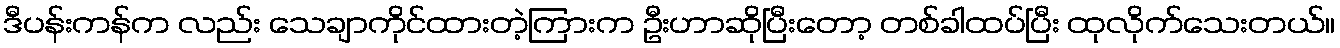
ဒီပန်းကန်က လည်း သေချာကိုင်ထားတဲ့ကြားက ဦးဟာဆိုပြီးတော့ တစ်ခါထပ်ပြီး ထုလိုက်သေးတယ်။